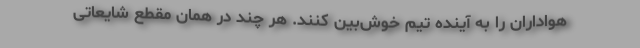
هواداران را به آینده تیم خوش‌بین کنند. هر چند در همان مقطع شایعاتی